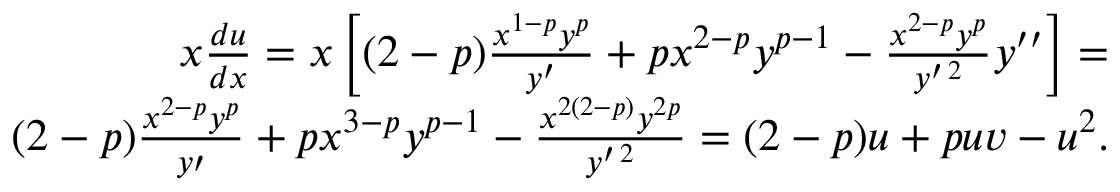
\begin{array} { r l r } & { } & { x \frac { d u } { d x } = x \left[ ( 2 - p ) \frac { x ^ { 1 - p } y ^ { p } } { y ^ { \prime } } + p x ^ { 2 - p } y ^ { p - 1 } - \frac { x ^ { 2 - p } y ^ { p } } { y ^ { \prime \, 2 } } y ^ { \prime \prime } \right] = } \\ & { } & { ( 2 - p ) \frac { x ^ { 2 - p } y ^ { p } } { y \prime } + p x ^ { 3 - p } y ^ { p - 1 } - \frac { x ^ { 2 ( 2 - p ) } y ^ { 2 p } } { y ^ { \prime \, 2 } } = ( 2 - p ) u + p u v - u ^ { 2 } . } \end{array}